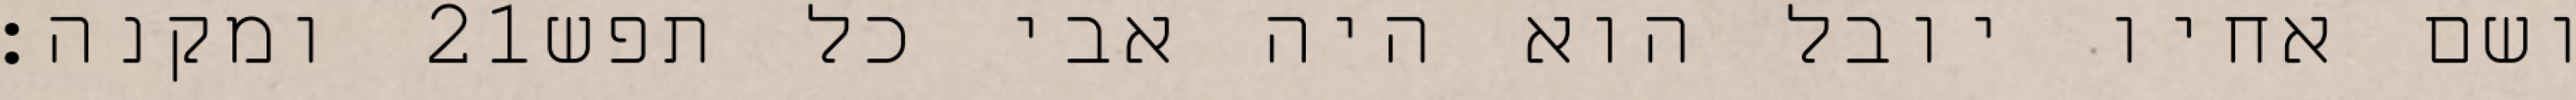
ומקנה׃ ‎21‏ ושם אחיו יובל הוא היה אבי כל תפש